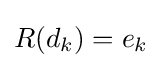
R(d_{k})=e_{k}